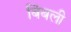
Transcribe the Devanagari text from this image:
बिंबली